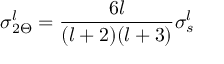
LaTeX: \sigma _ { 2 \Theta } ^ { l } = { \frac { 6 l } { ( l + 2 ) ( l + 3 ) } } \sigma _ { s } ^ { l }